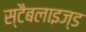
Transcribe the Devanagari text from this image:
स्टैबलाइज्ड